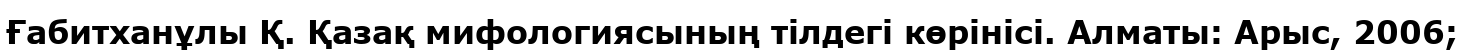
Ғабитханұлы Қ. Қазақ мифологиясының тілдегі көрінісі. Алматы: Арыс, 2006;